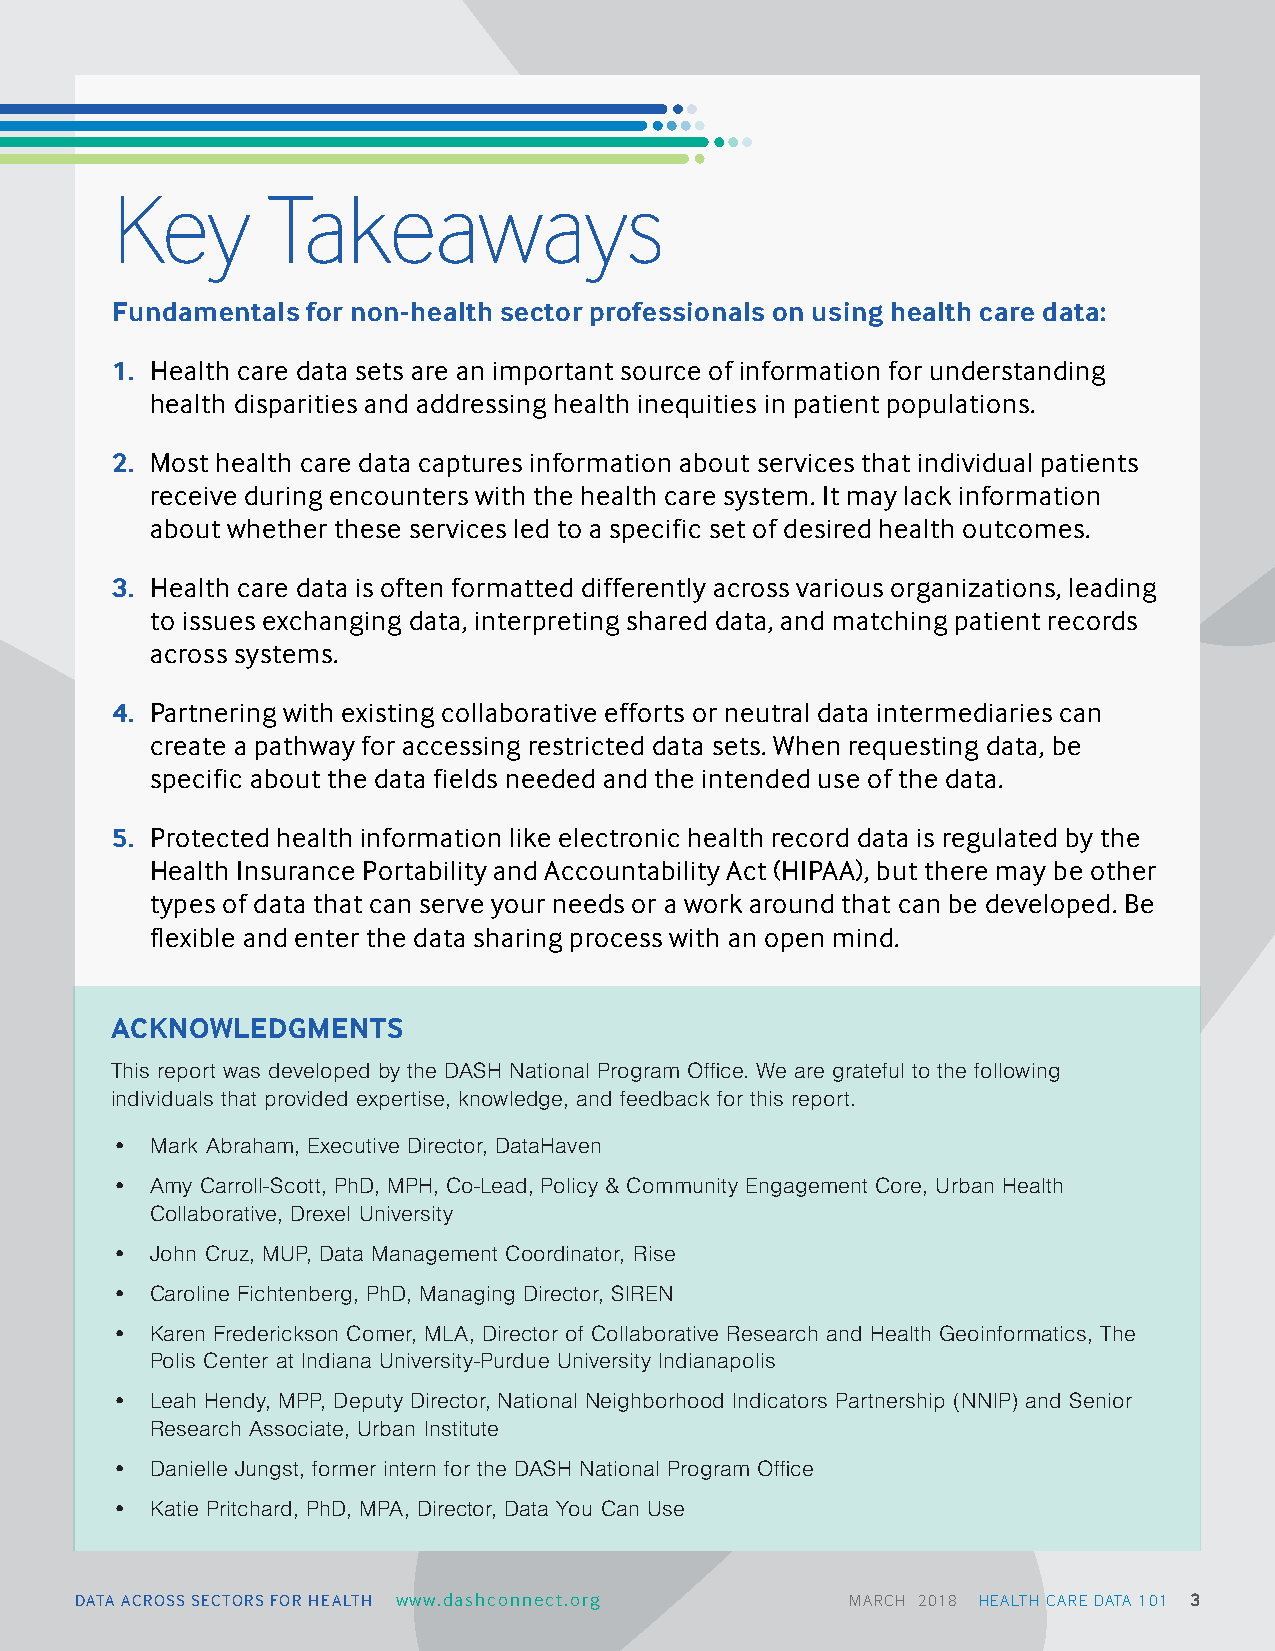
Key        Takeaways
 Fundamentals for non-health sector professionals on using health care data:
 1. Health care data sets are an important source of information for understanding
 health disparities and addressing health inequities in patient populations.
 2. Most health care data captures information about services that individual patients
 receive during encounters with the health care system. It may lack information
 about whether these services led to a specific set of desired health outcomes.
 3. Health care data is often formatted differently across various organizations, leading
 to issues exchanging data, interpreting shared data, and matching patient records
 across systems.
 4. Partnering with existing collaborative efforts or neutral data intermediaries can
 create a pathway for accessing restricted data sets. When requesting data, be
 specific about the data fields needed and the intended use of the data.
 5. Protected health information like electronic health record data is regulated by the
 Health Insurance Portability and Accountability Act (HIPAA), but there may be other
 types of data that can serve your needs or a work around that can be developed. Be
 flexible and enter the data sharing process with an open mind.
 ACKNOWLEDGMENTS
 This report was developed by the DASH National Program Office. We are grateful to the following
 individuals that provided expertise, knowledge, and feedback for this report.
 •  Mark Abraham, Executive Director, DataHaven
 •  Amy Carroll-Scott, PhD, MPH, Co-Lead, Policy & Community Engagement Core, Urban Health
 Collaborative, Drexel University
 •  John Cruz, MUP, Data Management Coordinator, Rise
 •  Caroline Fichtenberg, PhD, Managing Director, SIREN
 •  Karen Frederickson Comer, MLA, Director of Collaborative Research and Health Geoinformatics, The
 Polis Center at Indiana University-Purdue University Indianapolis
 •  Leah Hendy, MPP, Deputy Director, National Neighborhood Indicators Partnership (NNIP) and Senior
 Research Associate, Urban Institute
 •  Danielle Jungst, former intern for the DASH National Program Office
 •  Katie Pritchard, PhD, MPA, Director, Data You Can Use
 DATA ACROSS SECTORS FOR HEALTH www.dashconnect.org MARCH 2018 HEALTH CARE DATA 101 3